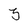
Character: 3